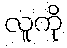
လူကို